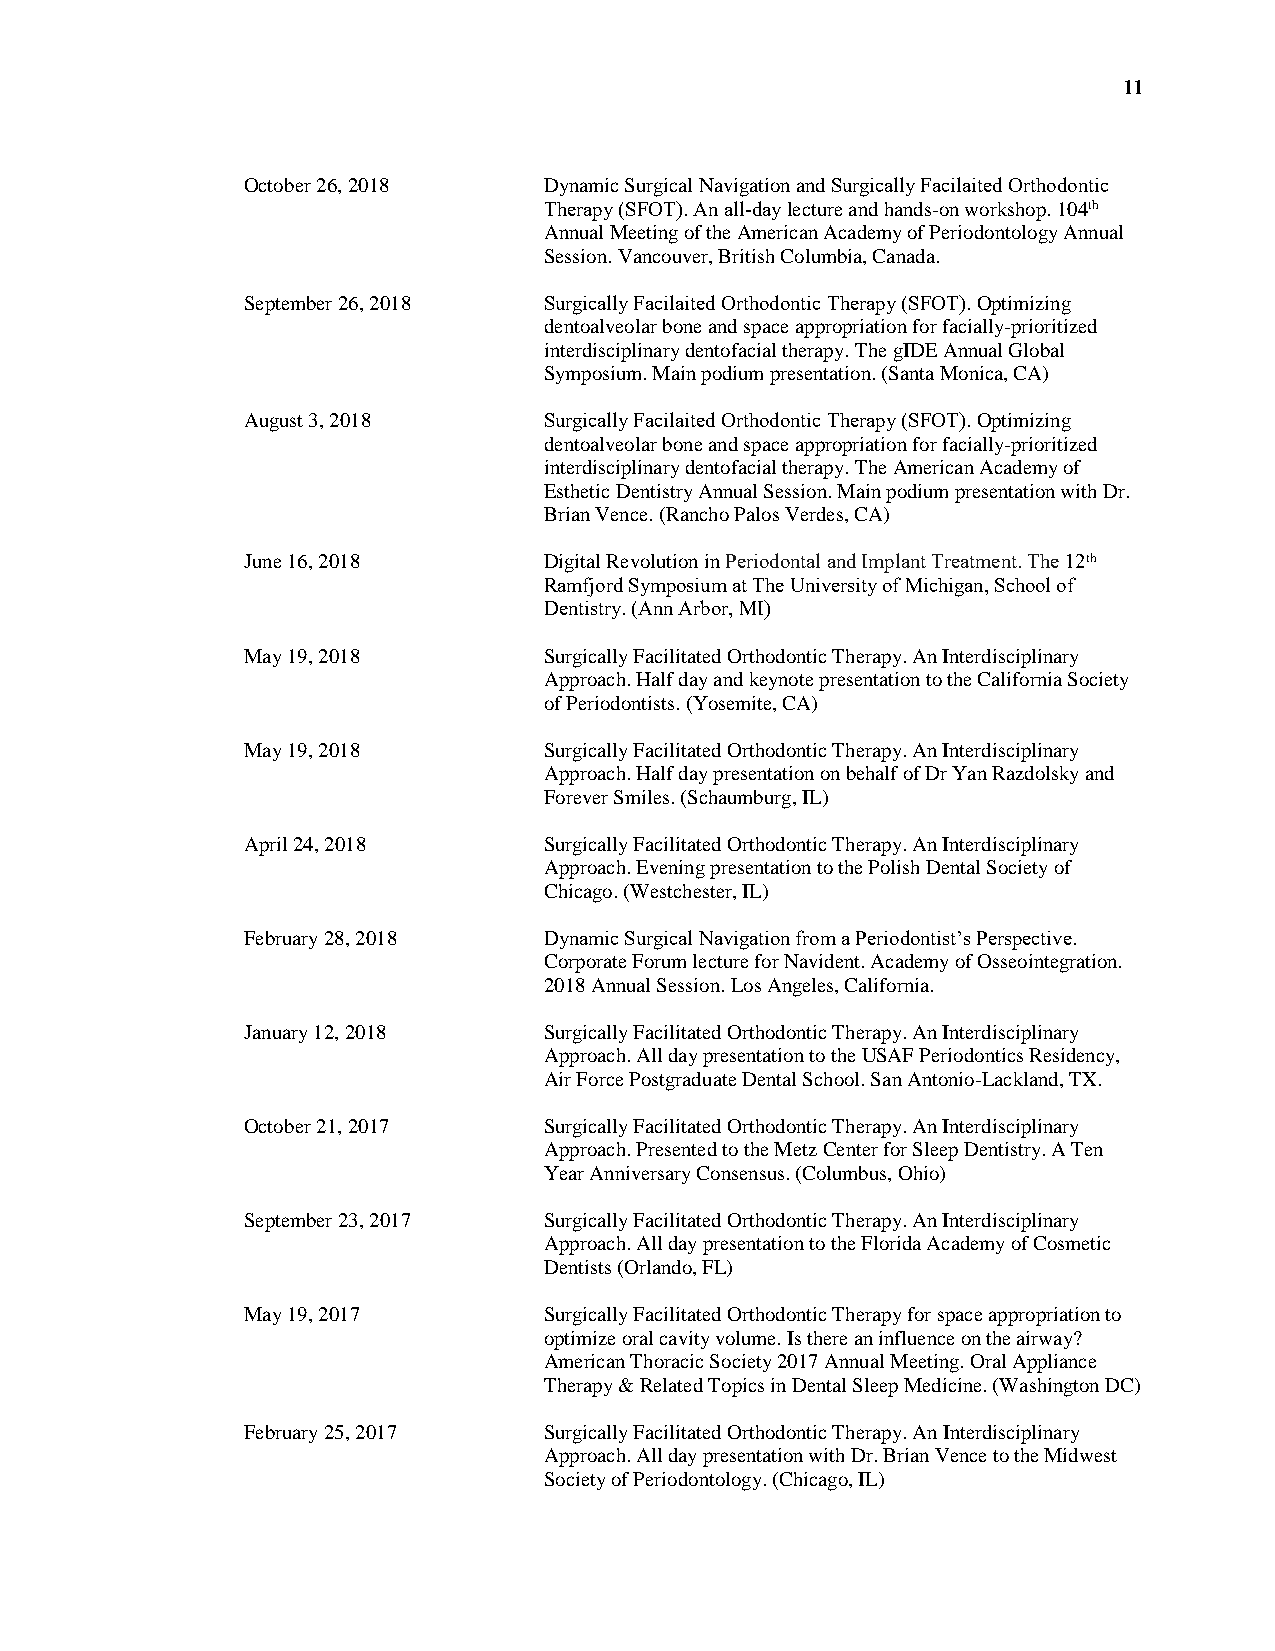
11
 October 26, 2018    Dynamic Surgical Navigation and Surgically Facilaited Orthodontic
 Therapy (SFOT). An all-day lecture and hands-on workshop. 104th
 Annual Meeting of the American Academy of Periodontology Annual
 Session. Vancouver, British Columbia, Canada.
 September 26, 2018  Surgically Facilaited Orthodontic Therapy (SFOT). Optimizing
 dentoalveolar bone and space appropriation for facially-prioritized
 interdisciplinary dentofacial therapy. The gIDE Annual Global
 Symposium. Main podium presentation. (Santa Monica, CA)
 August 3, 2018      Surgically Facilaited Orthodontic Therapy (SFOT). Optimizing
 dentoalveolar bone and space appropriation for facially-prioritized
 interdisciplinary dentofacial therapy. The American Academy of
 Esthetic Dentistry Annual Session. Main podium presentation with Dr.
 Brian Vence. (Rancho Palos Verdes, CA)
 June 16, 2018       Digital Revolution in Periodontal and Implant Treatment. The 12th
 Ramfjord Symposium at The University of Michigan, School of
 Dentistry. (Ann Arbor, MI)
 May 19, 2018        Surgically Facilitated Orthodontic Therapy. An Interdisciplinary
 Approach. Half day and keynote presentation to the California Society
 of Periodontists. (Yosemite, CA)
 May 19, 2018        Surgically Facilitated Orthodontic Therapy. An Interdisciplinary
 Approach. Half day presentation on behalf of Dr Yan Razdolsky and
 Forever Smiles. (Schaumburg, IL)
 April 24, 2018      Surgically Facilitated Orthodontic Therapy. An Interdisciplinary
 Approach. Evening presentation to the Polish Dental Society of
 Chicago. (Westchester, IL)
 February 28, 2018   Dynamic Surgical Navigation from a Periodontist’s Perspective.
 Corporate Forum lecture for Navident. Academy of Osseointegration.
 2018 Annual Session. Los Angeles, California.
 January 12, 2018    Surgically Facilitated Orthodontic Therapy. An Interdisciplinary
 Approach. All day presentation to the USAF Periodontics Residency,
 Air Force Postgraduate Dental School. San Antonio-Lackland, TX.
 October 21, 2017    Surgically Facilitated Orthodontic Therapy. An Interdisciplinary
 Approach. Presented to the Metz Center for Sleep Dentistry. A Ten
 Year Anniversary Consensus. (Columbus, Ohio)
 September 23, 2017  Surgically Facilitated Orthodontic Therapy. An Interdisciplinary
 Approach. All day presentation to the Florida Academy of Cosmetic
 Dentists (Orlando, FL)
 May 19, 2017        Surgically Facilitated Orthodontic Therapy for space appropriation to
 optimize oral cavity volume. Is there an influence on the airway?
 American Thoracic Society 2017 Annual Meeting. Oral Appliance
 Therapy & Related Topics in Dental Sleep Medicine. (Washington DC)
 February 25, 2017   Surgically Facilitated Orthodontic Therapy. An Interdisciplinary
 Approach. All day presentation with Dr. Brian Vence to the Midwest
 Society of Periodontology. (Chicago, IL)